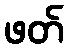
ဖတ်